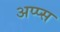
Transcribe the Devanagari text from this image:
अप्प्स